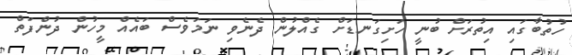
ހުތުބާގައި އިތުރަށް ބުނީ ހަށިގަނޑަށް ގެއްލުން ދެނެވި ނަމަވެސް ބައެއް މީހުން ދުންފަތް